Annual administration report of the Civil Veterinary Department of India - 1897-1898
Year: 1897
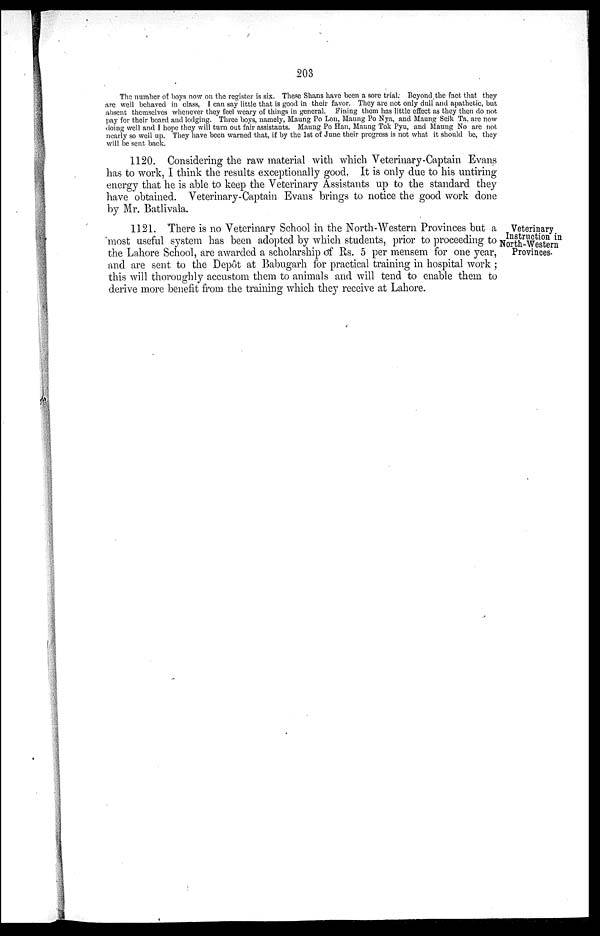
203
The number of boys now on the register is six. These Shans have been a sore trial. Beyond the fact that they
are well behaved in class, I can say little that is good in their favor. They are not only dull and apathetic, but
absent themselves whenever they feel weary of things in general. Fining them has little effect as they then do not
pay for their board and lodging. Three boys, namely, Maung Po Lon, Maung Po Nya, and Maung Seik Ta, are now
doing well and I hope they will turn out fair assistants. Maung Po Han, Maung Tok Pyu, and Maung No are not
nearly so well up. They have been warned that, if by the 1st of June their progress is not what it should be, they
will be sent back.
1120. Considering the raw material with which Veterinary-Captain Evans
has to work, I think the results exceptionally good. It is only due to his untiring
energy that he is able to keep the Veterinary Assistants up to the standard they
have obtained. Veterinary-Captain Evans brings to notice the good work done
by Mr. Batlivala.
Veterinary
Instruction in
North-Western
Provinces.
1121. There is no Veterinary School in the North-Western Provinces but a
most useful system has been adopted by which students, prior to proceeding to
the Lahore School, are awarded a scholarship of Rs. 5 per mensem for one year,
and are sent to the Depôt at Babugarh for practical training in hospital work;
this will thoroughly accustom them to animals and will tend to enable them to
derive more benefit from the training which they receive at Lahore.